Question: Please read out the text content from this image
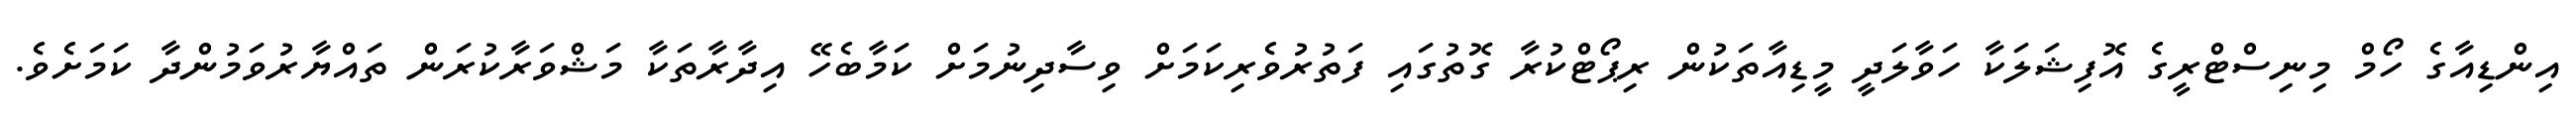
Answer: އިންޑިއާގެ ހޯމް މިނިސްޓްރީގެ އޮފިޝަލަކާ ހަވާލަދީ މީޑިއާތަކުން ރިޕޯޓްކުރާ ގޮތުގައި ފަތުރުވެރިކަމަށް ވިސާދިނުމަށް ކަމާބެހޭ އިދާރާތަކާ މަޝްވަރާކުރަން ތައްޔާރުވަމުންދާ ކަމަށެވެ.